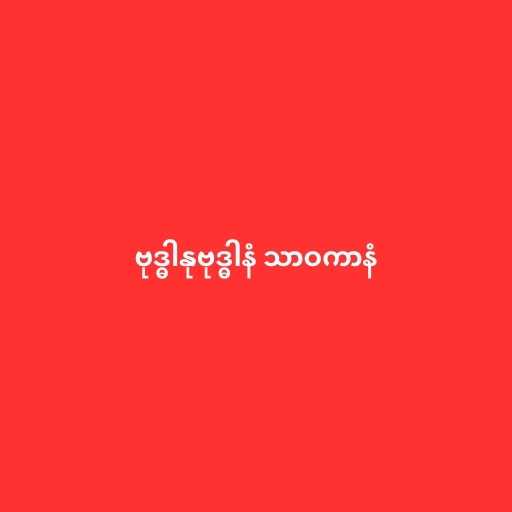
ဗုဒ္ဓါနုဗုဒ္ဓါနံ သာဝကာနံ